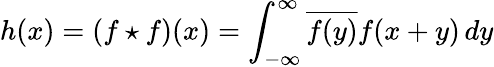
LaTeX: h(x)=(f\star f)(x)=\int_{-\infty}^{\infty}{\overline{{f(y)}}}f(x+y)\, dy